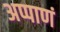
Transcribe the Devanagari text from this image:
अप्पाणं